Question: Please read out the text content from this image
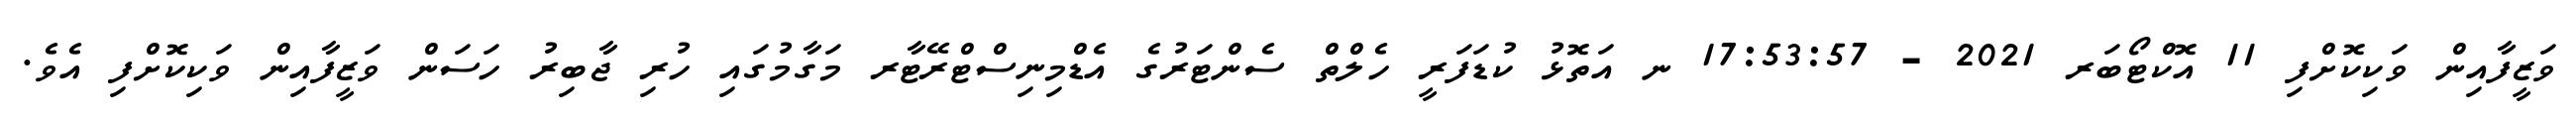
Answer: ވަޒީފާއިން ވަކިކޮށްފި 11 އޮކްޓޯބަރ 2021 - 17:53:57 ނ އަތޮޅު ކުޑަފަރީ ހެލްތް ސެންޓަރުގެ އެޑްމިނިސްޓްރޭޓާރ މަގާމުގައި ހުރި ޖާބިރު ހަސަން ވަޒީފާއިން ވަކިކޮށްފި އެވެ.